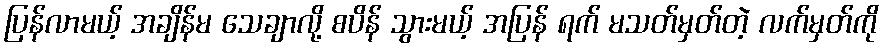
ပြန်လာမယ့် အချိန်မ သေချာလို့ စပိန် သွားမယ့် အပြန် ရက် မသတ်မှတ်တဲ့ လက်မှတ်ကို